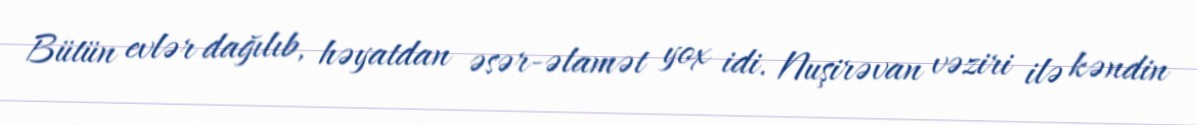
Bütün evlər dağılıb, həyatdan əsər-əlamət yox idi. Nuşirəvan vəziri ilə kəndin